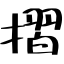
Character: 摺